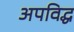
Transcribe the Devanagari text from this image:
अपविद्ध